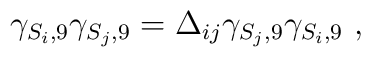
\gamma_{S_i,9}\gamma_{S_j,9}=\Delta_{ij} \gamma_{S_j,9}\gamma_{S_i,9}~,